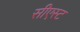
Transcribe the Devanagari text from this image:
सीएस्ट